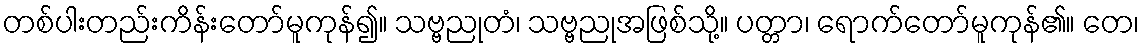
တစ်ပါးတည်းကိန်းတော်မူကုန်၍။ သဗ္ဗညုတံ၊ သဗ္ဗညုအဖြစ်သို့။ ပတ္တာ၊ ရောက်တော်မူကုန်၏။ တေ၊